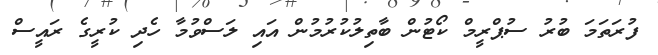
ފުރަތަމަ ބުރު ސުޕްރީމް ކޯޓުން ބާތިލުކުރުމުން އައި ލަސްވުމާ ހެދި ކުރީގެ ރައީސް